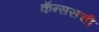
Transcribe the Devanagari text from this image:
कॅन्ससची